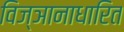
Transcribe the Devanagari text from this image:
विज्ञानाधारित